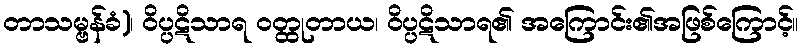
တာသမ္ဗန်ခံ)၊ ဝိပ္ပဋိသာရ ဝတ္ထုတာယ၊ ဝိပ္ပဋိသာရ၏ အကြောင်း၏အဖြစ်ကြောင့်။